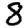
Digit: 8